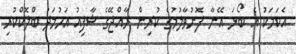
އެކަމަކު އެ ބޯޅަ އޭނާ ފޮނުވާލުމުގެ ކުރިން ރާއްޖޭގެ ޝާފިއު އަހުމަދު ބްލޮކްކުރި